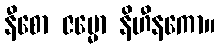
နီစော ဇမ္မော နိဟီနကော။